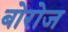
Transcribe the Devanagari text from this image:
बोरोज